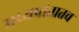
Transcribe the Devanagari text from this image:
मध्यप्रांतातच